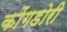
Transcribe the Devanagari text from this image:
कोंगडोरी